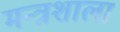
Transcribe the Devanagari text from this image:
मन्त्रशाला